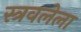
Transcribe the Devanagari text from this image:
स्त्रवलेला